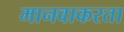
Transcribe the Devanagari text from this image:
मानवाकरता